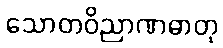
သောတဝိညာဏဓာတု